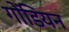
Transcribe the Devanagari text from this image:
गोंडियन